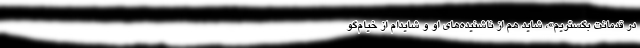
در قدمانت بگستریم»، شاید هم از ناشنیده‌های او و شایدام از خیام‌گو